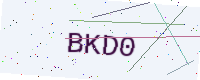
Text: BKD0